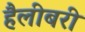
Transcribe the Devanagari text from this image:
हैलीबरी